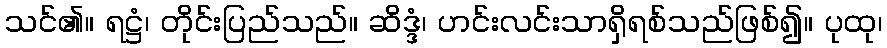
သင်၏။ ရဋ္ဌံ၊ တိုင်းပြည်သည်။ ဆိဒ္ဒံ၊ ဟင်းလင်းသာရှိရစ်သည်ဖြစ်၍။ ပုထု၊